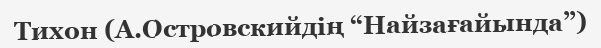
Тихон (А.Островскийдің “Найзағайында”)